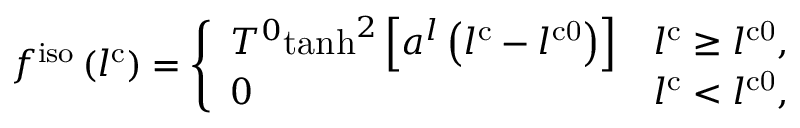
f ^ { \mathrm { i s o } } \left( l ^ { \mathrm { c } } \right) = \left\{ \begin{array} { l l } { T ^ { 0 } \mathrm { t a n h } ^ { 2 } \left[ a ^ { l } \left( l ^ { \mathrm { c } } - l ^ { \mathrm { c 0 } } \right) \right] } & { l ^ { \mathrm { c } } \geq l ^ { \mathrm { c 0 } } , } \\ { 0 } & { l ^ { \mathrm { c } } < l ^ { \mathrm { c 0 } } , } \end{array} \right.